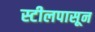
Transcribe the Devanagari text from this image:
स्टीलपासून